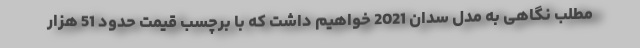
مطلب نگاهی به مدل سدان 2021 خواهیم داشت که با برچسب قیمت حدود 51 هزار